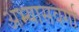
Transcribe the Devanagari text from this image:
अभ्यासवर्गा